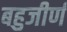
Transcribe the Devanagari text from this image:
बहुजीर्ण